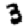
Digit: 3